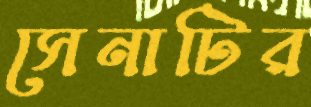
সেনাটির